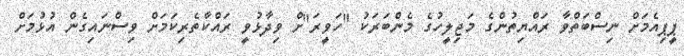
ޕީޕިއެމަށް ނިސްބަތްވާ ރައްޔިތުންގެ މަޖިލީހުގެ މެންބަރަކު "ހަވީރަ"ށް ވިދާޅުވީ ރައްކާތެރިކަމަށް ވިސްނައިގެން އުޅުމަށް